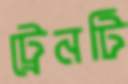
ট্রেনটি